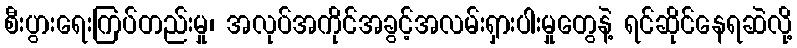
စီးပွားရေးကြပ်တည်းမှု၊ အလုပ်အကိုင်အခွင့်အလမ်းရှားပါးမှုတွေနဲ့ ရင်ဆိုင်နေရဆဲလို့